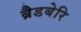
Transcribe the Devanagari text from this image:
ब्रैडबेरि